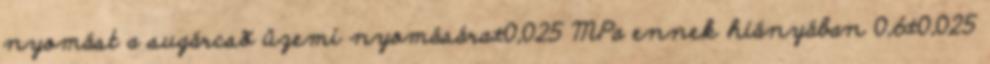
nyomást a sugárcsõ üzemi nyomására±0,025 MPa ennek hiányában 0,6±0,025